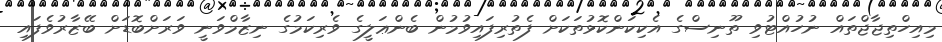
މިއިހްތިޖާޖްތައް ނުހުއްޓުވި ތޫނިސްގެ އެކިކަންކޮޅުތަކަށް ފެތުރިފައިވުމުން ބެންޢަލީގެ ވެރިކަމުގެ ނިޒާމްވަނީ ވަރަށްބޮޑަށް ބޭޒާރުވެފައި